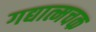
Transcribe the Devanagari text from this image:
गद्यात्मचक